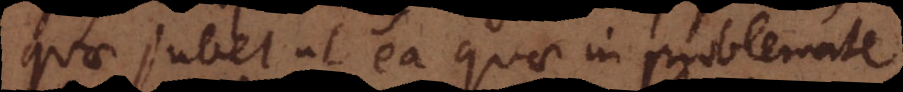
quae jubet ut ea quae in problemate